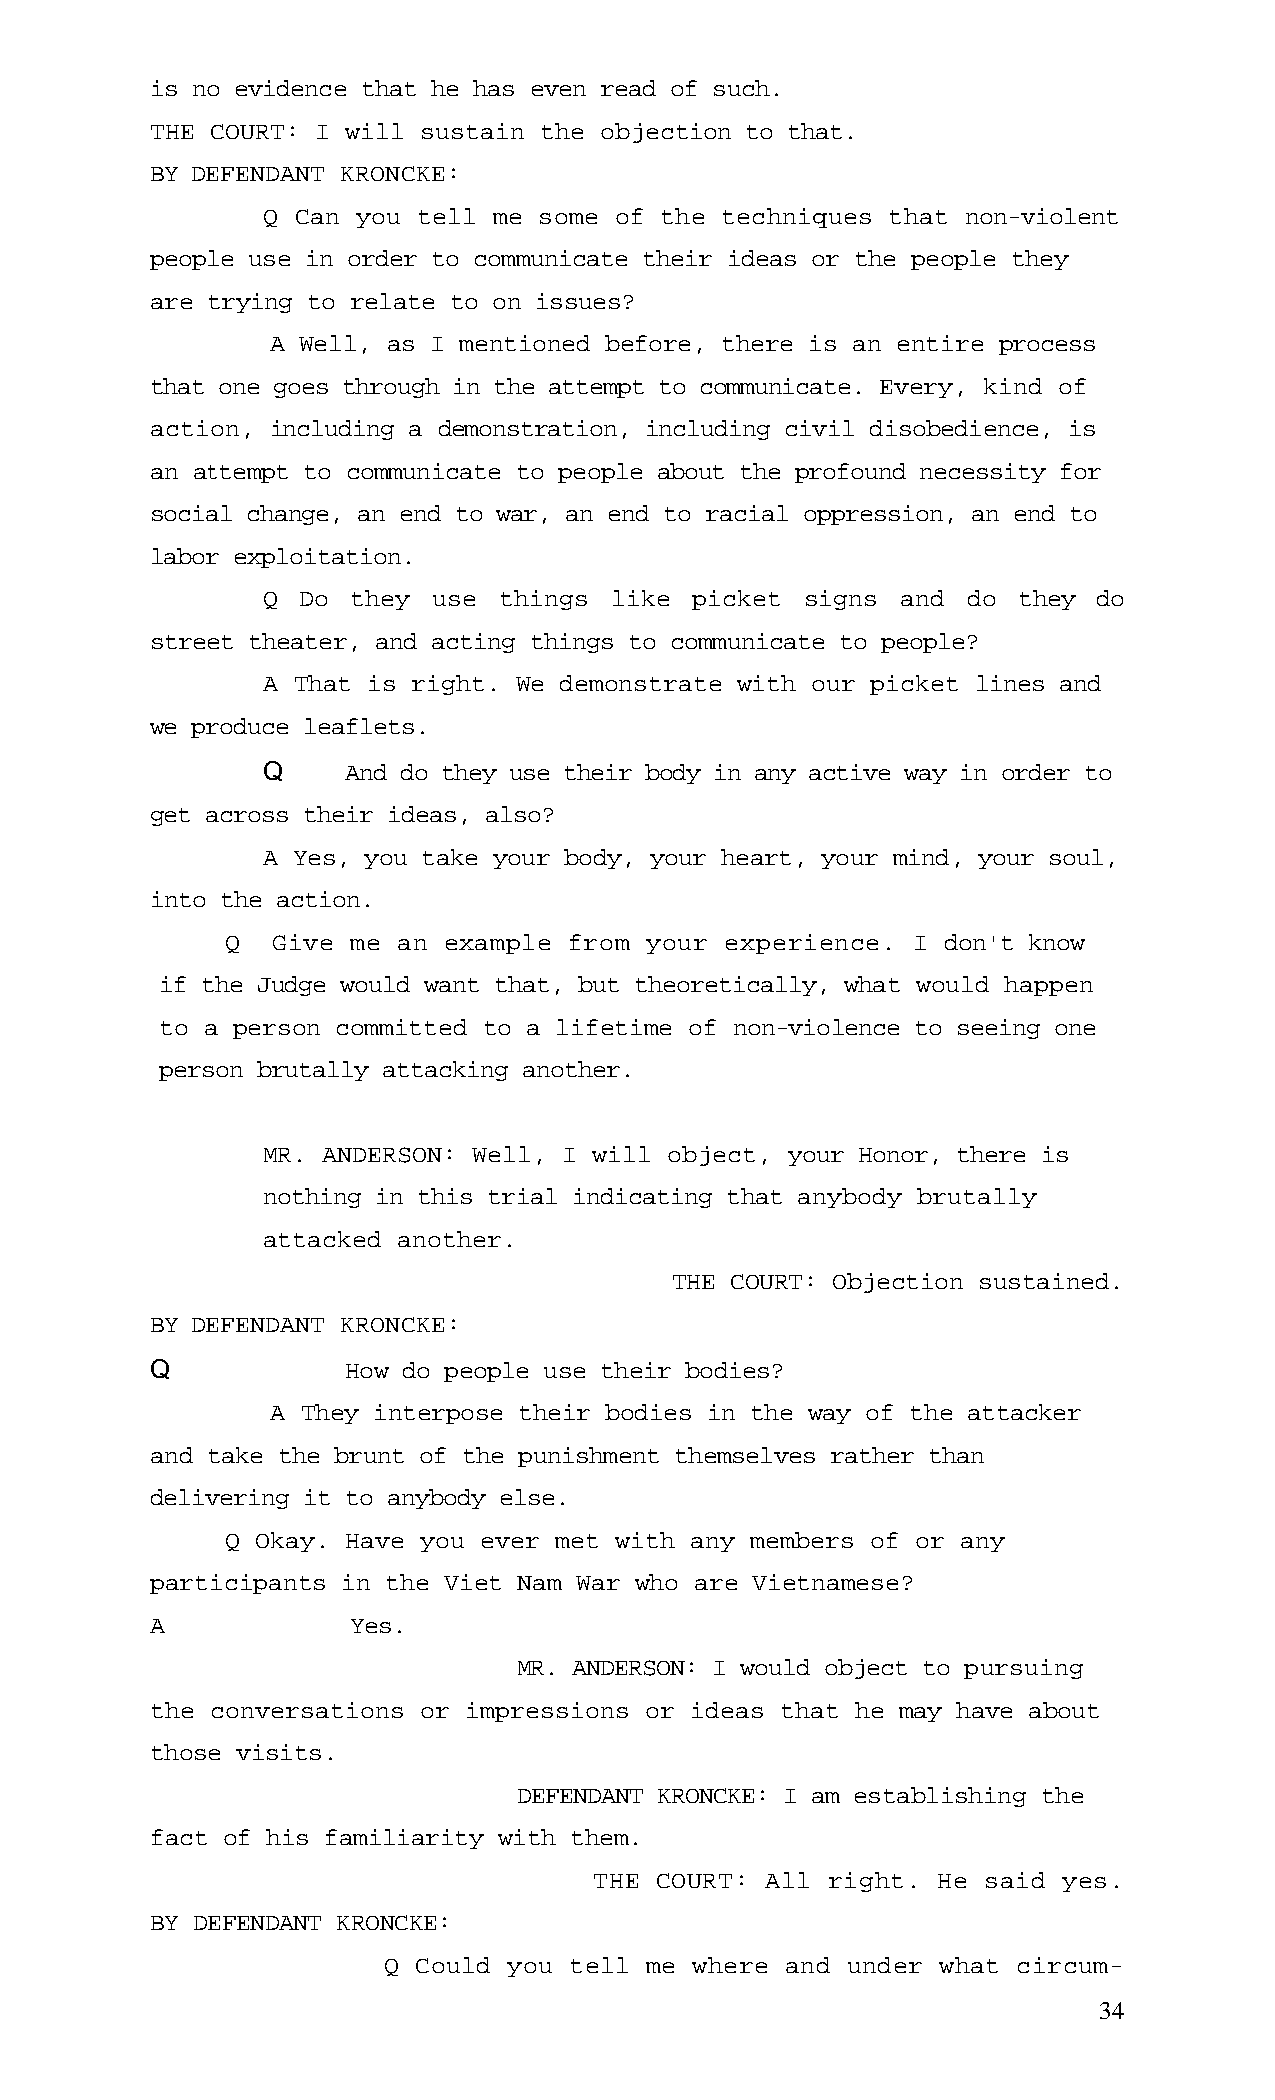
is no evidence that he has even read of such.
 THE COURT: I will sustain the objection to that.
 BY DEFENDANT KRONCKE:
 Q  Can you tell me some of the techniques that non-violent
 people use in order to communicate their ideas or the people they
 are trying to relate to on issues?
 A Well, as I mentioned before, there is an entire process
 that one goes through in the attempt to communicate. Every, kind of
 action, including a demonstration, including civil disobedience, is
 an attempt to communicate to people about the profound necessity for
 social change, an end to war, an end to racial oppression, an end to
 labor exploitation.
 Q  Do they  use things like  picket signs  and do they  do
 street theater, and acting things to communicate to people?
 A That is right. We demonstrate with our picket lines and
 we produce leaflets.
 Q     And do they use their body in any active way in order to
 get across their ideas, also?
 A Yes, you take your body, your heart, your mind, your soul,
 into the action.
 Q  Give me an example  from your experience. I don't know
 if the Judge would want that, but theoretically, what would happen
 to a person committed to a lifetime of non-violence to seeing one
 person brutally attacking another.
 MR. ANDERSON: Well, I will object, your Honor, there is
 nothing in this trial indicating that anybody brutally
 attacked another.
 THE COURT: Objection sustained.
 BY DEFENDANT KRONCKE:
 Q            How do people use their bodies?
 A They interpose their bodies in the way of the attacker
 and take the brunt of the punishment themselves rather than
 delivering it to anybody else.
 Q Okay. Have you ever met with any members of or any
 participants in the Viet Nam War who are Vietnamese?
 A            Yes.
 MR. ANDERSON: I would object to pursuing
 the conversations or impressions or ideas that he may have about
 those visits.
 DEFENDANT KRONCKE: I am establishing the
 fact of his familiarity with them.
 THE COURT:  All right. He said yes.
 BY DEFENDANT KRONCKE:
 Q Could  you tell me where and under what circum-
 34